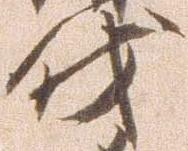
伐